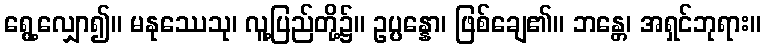
ရွေ့လျှော၍။ မနုဿေသု၊ လူ့ပြည်တို့၌။ ဥပ္ပန္နော၊ ဖြစ်ချေ၏။ ဘန္တေ၊ အရှင်ဘုရား။